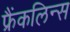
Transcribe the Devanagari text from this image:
फ्रैंकलिन्स